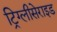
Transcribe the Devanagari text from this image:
ट्रिग्लीसेराइड